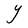
Character: Y